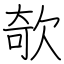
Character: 欹